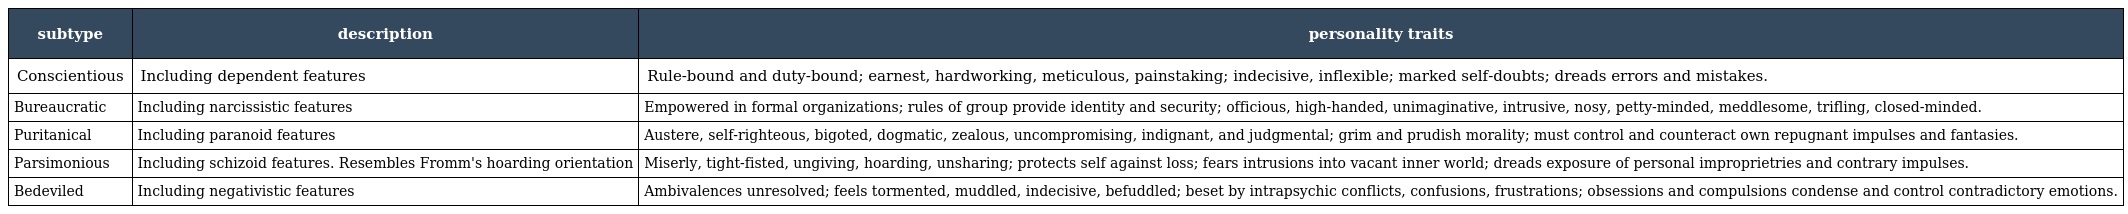
| subtype | description | personality traits |
 | --- | --- | --- |
 | Conscientious | Including dependent features | Rule-bound and duty-bound; earnest, hardworking, meticulous, painstaking; indecisive, inflexible; marked self-doubts; dreads errors and mistakes. |
 | Bureaucratic | Including narcissistic features | Empowered in formal organizations; rules of group provide identity and security; officious, high-handed, unimaginative, intrusive, nosy, petty-minded, meddlesome, trifling, closed-minded. |
 | Puritanical | Including paranoid features | Austere, self-righteous, bigoted, dogmatic, zealous, uncompromising, indignant, and judgmental; grim and prudish morality; must control and counteract own repugnant impulses and fantasies. |
 | Parsimonious | Including schizoid features. Resembles Fromm's hoarding orientation | Miserly, tight-fisted, ungiving, hoarding, unsharing; protects self against loss; fears intrusions into vacant inner world; dreads exposure of personal improprietries and contrary impulses. |
 | Bedeviled | Including negativistic features | Ambivalences unresolved; feels tormented, muddled, indecisive, befuddled; beset by intrapsychic conflicts, confusions, frustrations; obsessions and compulsions condense and control contradictory emotions. |